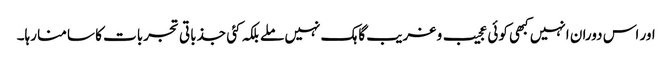
اور اس دوران انہیں کبھی کوئی عجیب و غریب گاہک نہیں ملے بلکہ کئی جذباتی تجربات کا سامنا رہا۔